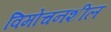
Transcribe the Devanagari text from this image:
विमोचनशील